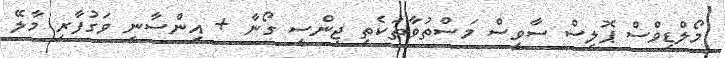
މޯލްޑިވްސް ޕޮލިސް ސާވިސް މަސްތުވާތަކެތި ޖިންސީ ގޯނާ + އިންސާނީ ވަގުފާރި މާލޭ